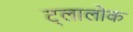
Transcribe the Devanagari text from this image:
ट्लालोक